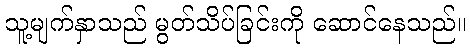
သူ့မျက်နှာသည် မွတ်သိပ်ခြင်းကို ဆောင်နေသည်။